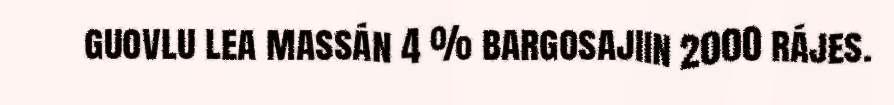
guovlu lea massán 4 % bargosajiin 2000 rájes.